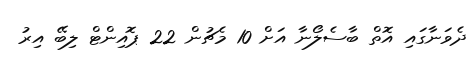
ދެވަނާގައި އޮތް ބާސެލޯނާ އަށް 10 މެޗުން 22 ޕޮއިންޓް ލިބޭ އިރު